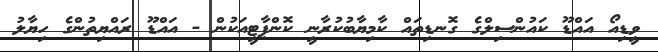
ވީޑިއޯ އައްޑޫ ކައުންސިލްގެ ގޮނޑިތައް ކާމިޔާބުކުރާނީ ކޮންޕާޓީއަކުން - އައްޑޫ ރައްޔިތުންގެ ހިޔާލު